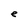
Character: e